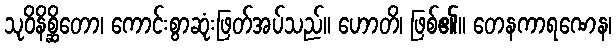
သုဝိနိစ္ဆိတော၊ ကောင်းစွာဆုံးဖြတ်အပ်သည်။ ဟောတိ၊ ဖြစ်၏။ တေနကာရဏေန၊